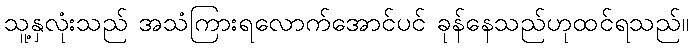
သူ့နှလုံးသည် အသံကြားရလောက်အောင်ပင် ခုန်နေသည်ဟုထင်ရသည်။